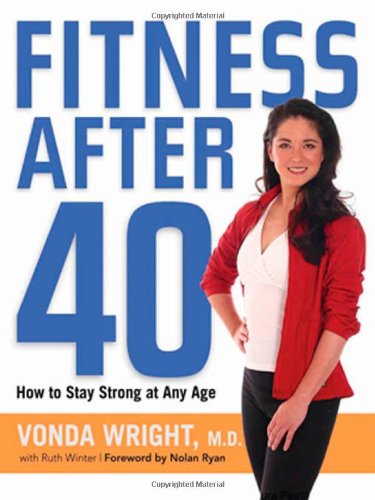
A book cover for Fitness After 40: How to Stay Strong at Any Age; Vonda Wright M.D.; Health, Fitness & Dieting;